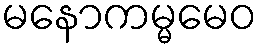
မနောကမ္မမေဝ